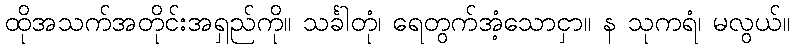
ထိုအသက်အတိုင်းအရှည်ကို။ သင်္ခါတုံ၊ ရေတွက်အံ့သောငှာ။ န သုကရံ၊ မလွယ်။